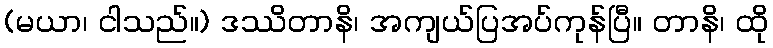
(မယာ၊ ငါသည်။) ဒဿိတာနိ၊ အကျယ်ပြအပ်ကုန်ပြီ။ တာနိ၊ ထို